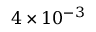
4 \times 1 0 ^ { - 3 }